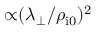
{ \propto } ( \lambda _ { \perp } / \rho _ { \mathrm { i 0 } } ) ^ { 2 }